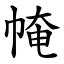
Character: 㡋